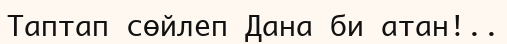
Таптап сөйлеп Дана би атан!..